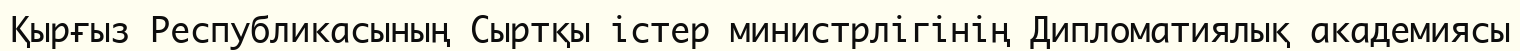
Қырғыз Республикасының Сыртқы істер министрлігінің Дипломатиялық академиясы